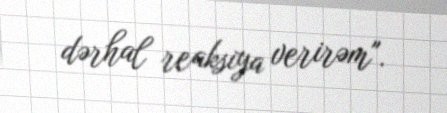
dərhal reaksiya verirəm".